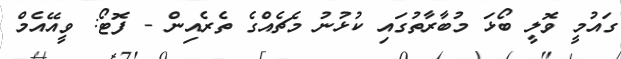
ގައުމީ ވޮލީ ބޯޅަ މުބާރާތުގައި ކުޅުނު މެޗެއްގެ ތެރެއިން - ފޮޓޯ: ވީއޭއެމް